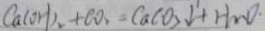
. C a ( O H ) _ { 2 } + C O _ { 2 } = C a C O _ { 3 } \downarrow + H _ { 2 } O \cdot